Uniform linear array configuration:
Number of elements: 48
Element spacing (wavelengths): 0.75
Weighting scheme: cosine
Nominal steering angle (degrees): -15
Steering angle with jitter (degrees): -15.441
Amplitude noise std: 0.05
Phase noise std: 0.05

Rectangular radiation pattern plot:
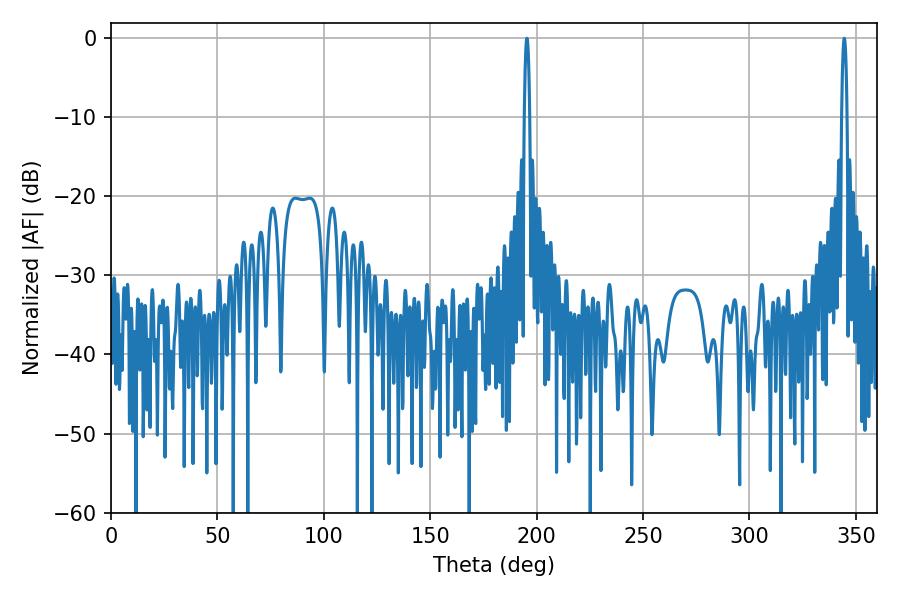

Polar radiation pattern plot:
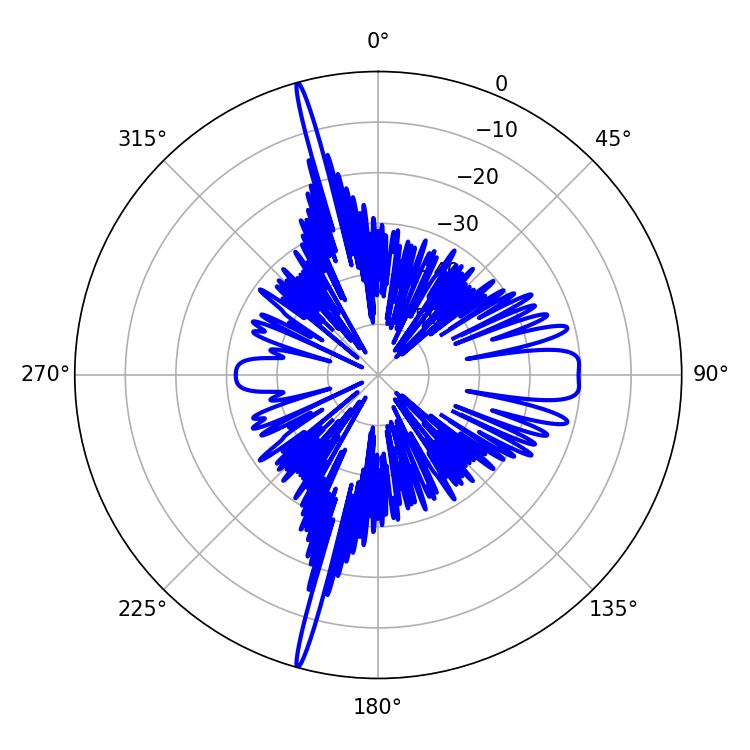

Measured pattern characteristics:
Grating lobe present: TRUE
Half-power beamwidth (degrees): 1.44
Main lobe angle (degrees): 195.48